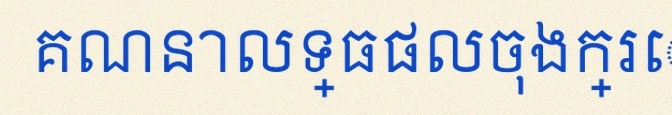
គណនាលទ្ធផលចុងក្រោយ